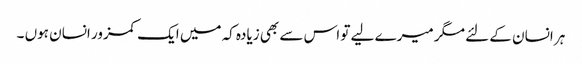
ہر انسان کے لئے مگر میرے لیے تو اس سے بھی زیادہ کہ میں ایک کمزور انسان ہوں ۔